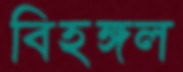
বিহঙ্গল